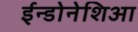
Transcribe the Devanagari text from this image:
ईन्डोनेशिआ